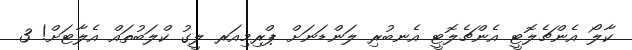
ކާލޯ އެންޗެލޮޓީ އެންޗެލޮޓީ އެނބުރި ލަންޑަނަށް ޕްރިމިއަރ ލީގު ކްލަބުތައް އެލާޓަށް! 3